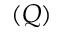
( Q )